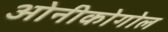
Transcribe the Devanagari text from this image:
ओनीकोगोल